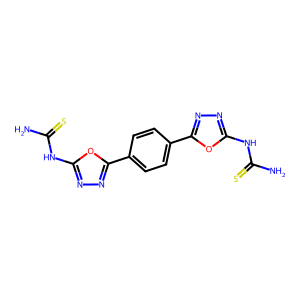
SMILES: NC(=S)Nc1nnc(-c2ccc(-c3nnc(NC(N)=S)o3)cc2)o1
Inhibits HIV replication: No